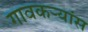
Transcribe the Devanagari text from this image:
गावकऱ्यांस